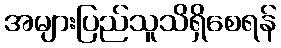
အများပြည်သူသိရှိစေရန်